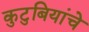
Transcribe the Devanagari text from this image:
कुटुबियांचे